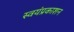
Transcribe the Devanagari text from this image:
स्वयंप्रकाशन